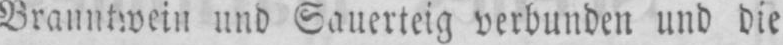
und Sauerteig verbunden und die